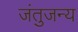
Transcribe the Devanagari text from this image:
जंतुजन्य